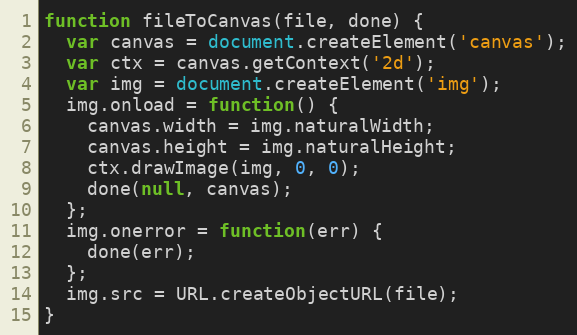
Language: JavaScript
function fileToCanvas(file, done) {
  var canvas = document.createElement('canvas');
  var ctx = canvas.getContext('2d');
  var img = document.createElement('img');
  img.onload = function() {
    canvas.width = img.naturalWidth;
    canvas.height = img.naturalHeight;
    ctx.drawImage(img, 0, 0);
    done(null, canvas);
  };
  img.onerror = function(err) {
    done(err);
  };
  img.src = URL.createObjectURL(file);
}